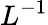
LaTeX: L^{-1}